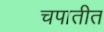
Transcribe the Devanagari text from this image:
चपातीत